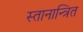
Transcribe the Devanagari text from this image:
स्तानान्त्रित